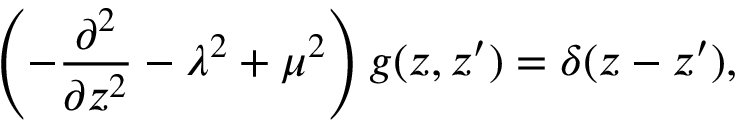
\left( - { \frac { \partial ^ { 2 } } { \partial z ^ { 2 } } } - \lambda ^ { 2 } + \mu ^ { 2 } \right) g ( z , z ^ { \prime } ) = \delta ( z - z ^ { \prime } ) ,